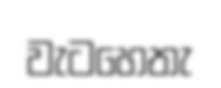
වැටහෙතැ